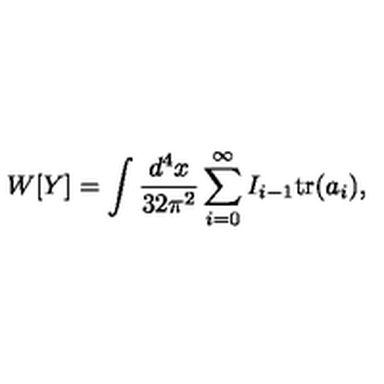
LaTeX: W [ Y ] = \int \frac { d ^ { 4 } x } { 3 2 \pi ^ { 2 } } \sum _ { i = 0 } ^ { \infty } I _ { i - 1 } \mathrm { t r } ( a _ { i } ) ,